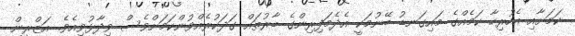
ކަމަށާއި އެހުރިހާ ކަމެއްގެ މައިގަނޑު ބޭނުމަކީ އެދެމަފިރިންގެ ބާރުތައް ގަދަކުރެއްވުންކަމަށްވެސް ވިދާޅުވިއެވެ. އަޒްރީން